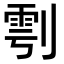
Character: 𭄆